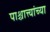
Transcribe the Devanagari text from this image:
पाश्चात्त्यांच्या